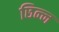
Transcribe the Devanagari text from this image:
छिन्‍न